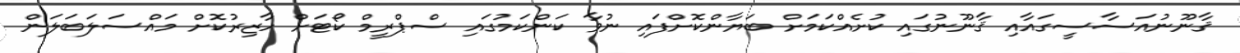
ޤާނޫނުއަސާސީގައާއި ޤާނޫނުގައި ކުށެއްކަމަށް ބަޔާންކޮށްފައި ނުވާ ކަންކަމުގައި ސްޕްރީމް ކޯޓަށް ހާޒިރުކޮށް މައްސަލަބަލަން